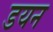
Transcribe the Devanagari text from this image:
डयन